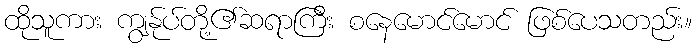
ထိုသူကား ကျွန်ုပ်တို့၏ဆရာကြီး စနေမောင်မောင် ဖြစ်ပေသတည်း။